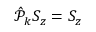
\begin{array} { r } { \hat { \mathcal P } _ { k } S _ { z } = S _ { z } } \end{array}